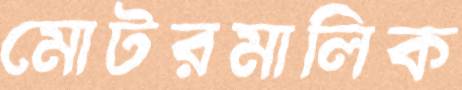
মোটরমালিক